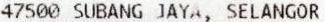
47500 SUBANG JAYA, SELANGOR